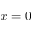
x = 0